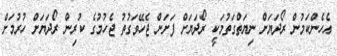
އެހެންކަމުން ރޯދަަޔަށް ނިޔަތްގަތުމަކީ ރޯދަޔަށް ފަށަން ޖެހޭވަގުތު ޖެހުމުގެ ކުރިން ރޯދަޔަށް ހުރުމަށް